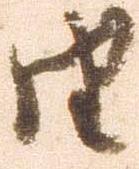
由